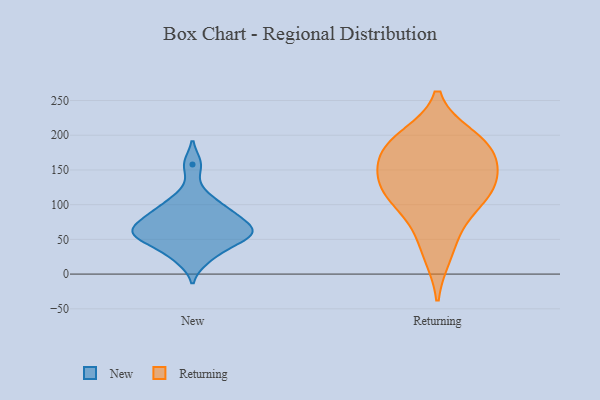
{"axis": {"x": "Customer Acquisition Cost (USD)", "y": "Value"}, "legend": ["New", "Returning"], "data": [{"x": "", "y": 87, "type": "New"}, {"x": "", "y": 71, "type": "New"}, {"x": "", "y": 114, "type": "New"}, {"x": "", "y": 49, "type": "New"}, {"x": "", "y": 63, "type": "New"}, {"x": "", "y": 88, "type": "New"}, {"x": "", "y": 158, "type": "New"}, {"x": "", "y": 52, "type": "New"}, {"x": "", "y": 20, "type": "New"}, {"x": "", "y": 96, "type": "New"}, {"x": "", "y": 57, "type": "New"}, {"x": "", "y": 58, "type": "New"}, {"x": "", "y": 69, "type": "New"}, {"x": "", "y": 33, "type": "New"}, {"x": "", "y": 119, "type": "Returning"}, {"x": "", "y": 183, "type": "Returning"}, {"x": "", "y": 67, "type": "Returning"}, {"x": "", "y": 197, "type": "Returning"}, {"x": "", "y": 175, "type": "Returning"}, {"x": "", "y": 140, "type": "Returning"}, {"x": "", "y": 191, "type": "Returning"}, {"x": "", "y": 28, "type": "Returning"}, {"x": "", "y": 162, "type": "Returning"}, {"x": "", "y": 103, "type": "Returning"}, {"x": "", "y": 117, "type": "Returning"}, {"x": "", "y": 130, "type": "Returning"}]}